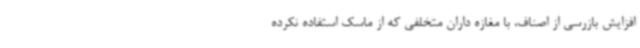
افزایش بازرسی از اصناف، با مغازه داران متخلفی که از ماسک استفاده نکرده